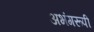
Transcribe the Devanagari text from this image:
अभंगरूपी